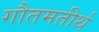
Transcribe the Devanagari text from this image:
गौतमतीर्थ